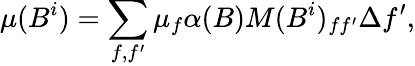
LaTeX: \mu(B^{i})=\sum_{f,f^{\prime}}\mu_{f}\alpha(B)M(B^{i})_{ff^{\prime}}\Delta f^{\prime},